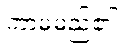
ကာမမည်၏။